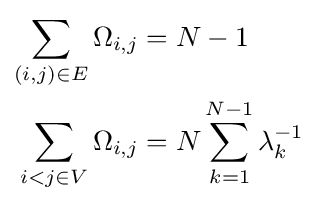
{\begin{aligned}\sum _{(i,j)\in E}\Omega _{i,j}&=N-1\\\sum _{i<j\in V}\Omega _{i,j}&=N\sum _{k=1}^{N-1}\lambda _{k}^{-1}\end{aligned}}